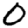
Digit: 0